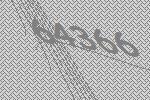
64366